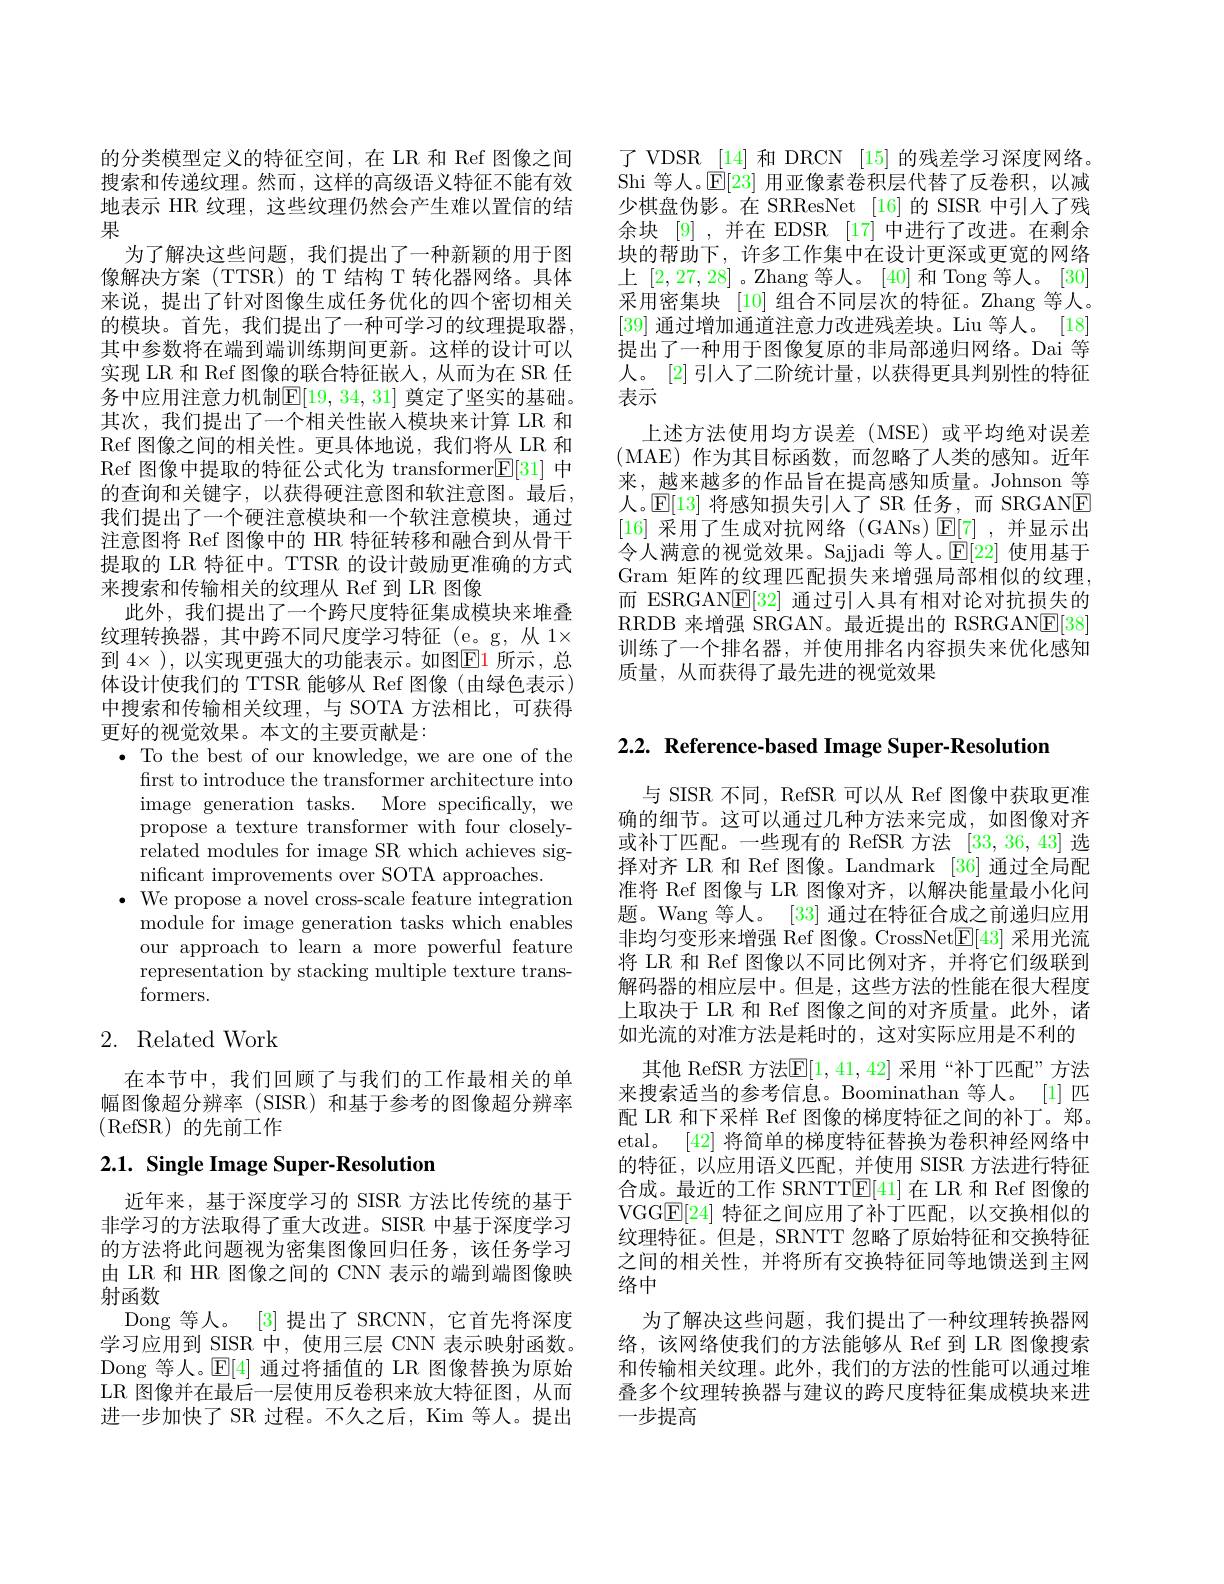
的分类模型定义的特征空间，在 LR 和 Ref 图像之间搜索和传递纹理。然而，这样的高级语义特征不能有效地表示 HR 纹理，这些纹理仍然会产生难以置信的结果
为了解决这些问题，我们提出了一种新颖的用于图像解决方案(TTSR)的T结构T转化器网络。具体来说，提出了针对图像生成任务优化的四个密切相关的模块。首先，我们提出了一种可学习的纹理提取器， 其中参数将在端到端训练期间更新。这样的设计可以实现 LR 和 Ref 图像的联合特征嵌入，从而为在 SR 任务中应用注意力机制$\mathbb{E}[19,34,31]$ 奠定了坚实的基础。其次，我们提出了一个相关性嵌入模块来计算 LR 和Ref 图像之间的相关性。更具体地说，我们将从 LR 和Ref 图像中提取的特征公式化为 transformer$\underline{\mathrm{E}}[31]$中的查询和关键字，以获得硬注意图和软注意图。最后， 我们提出了一个硬注意模块和一个软注意模块，通过注意图将 Ref 图像中的 HR 特征转移和融合到从骨干提取的 LR 特征中。TTSR 的设计鼓励更准确的方式来搜索和传输相关的纹理从 Ref 到 LR 图像
此外，我们提出了一个跨尺度特征集成模块来堆叠纹理转换器，其中跨不同尺度学习特征(e。g,从 1× 到 4× ), 以实现更强大的功能表示。如图$\color{red}{\boxed{\mathrm{E}}}$1 所示，总体设计使我们的 TTSR 能够从 Ref 图像(由绿色表示) 中搜索和传输相关纹理，与 SOTA 方法相比，可获得更好的视觉效果。本文的主要贡献是：
$\bullet$ To the best of our knowledge, we are one of the
first to introduce the transformer architecture into image generation tasks. More specifically, we propose a texture transformer with four closelyrelated modules for image SR which achieves significant improvements over SOTA approaches.
$\bullet$ We propose a novel cross-scale feature integration
module for image generation tasks which enables our approach to learn a more powerful feature representation by stacking multiple texture transformers.
2. Related Work

在本节中，我们回顾了与我们的工作最相关的单幅图像超分辨率 (SISR) 和基于参考的图像超分辨率(RefSR)的先前工作

## 2.1. Single Image Super-Resolution

近年来，基于深度学习的 SISR 方法比传统的基于非学习的方法取得了重大改进。SISR 中基于深度学习的方法将此问题视为密集图像回归任务，该任务学习由 LR 和 HR 图像之间的 CNN 表示的端到端图像映射函数
Dong 等人。[3] 提出了 SRCNN, 它首先将深度学习应用到 SISR 中，使用三层 CNN 表示映射函数。Dong 等人。$\mathbb{E}[4]$通过将插值的 LR 图像替换为原始LR 图像并在最后一层使用反卷积来放大特征图，从而进一步加快了 SR 过程。不久之后，Kim 等人。提出

了 VDSR [14] 和 DRCN [15] 的残差学习深度网络。Shi 等人。$\mathbb{E}[23]$用亚像素卷积层代替了反卷积，以减少棋盘伪影。在 SRResNet [16]的 SISR 中引人了残余块 [9],并在 EDSR [17]中进行了改进。在剩余块的帮助下，许多工作集中在设计更深或更宽的网络上[2,27,28] 。Zhang 等人。[40]和 Tong 等人。[30] 采用密集块 [10] 组合不同层次的特征。Zhang 等人。[39]通过增加通道注意力改进残差块。Liu 等人。[18] 提出了一种用于图像复原的非局部递归网络。Dai 等人。[2] 引入了二阶统计量，以获得更具判别性的特征表示
上述方法使用均方误差(MSE)或平均绝对误差(MAE)作为其目标函数，而忽略了人类的感知。近年来，越来越多的作品旨在提高感知质量。Johnson 等人。$\mathbb{E}[13]$将感知损失引人了 SR 任务，而 SRGANE [16]采用了生成对抗网络 (GANs)$\operatorname{E}[7]$ ,并显示出令人满意的视觉效果。Sajjadi 等人。$\mathbb{E}[22]$使用基于Gram 矩阵的纹理匹配损失来增强局部相似的纹理， 而 ESRGAN$\mathbb{E}[32]$通过引人具有相对论对抗损失的RRDB 来增强 SRGAN。最近提出的 RSRGAN$\boxed{\mathrm{E}}[38]$ 训练了一个排名器，并使用排名内容损失来优化感知质量，从而获得了最先进的视觉效果

2.2. Reference-based Image Super-Resolution

与 SISR 不同，RefSR 可以从 Ref 图像中获取更准确的细节。这可以通过几种方法来完成，如图像对齐或补丁匹配。一些现有的 RefSR 方法 [33,36,43] 选择对齐 LR 和 Ref 图像。Landmark [36] 通过全局配准将 Ref 图像与 LR 图像对齐，以解决能量最小化问题。Wang 等人。[33] 通过在特征合成之前递归应用非均匀变形来增强 Ref 图像。CrossNet$\boxed{\mathrm{F}}[43]$采用光流将 LR 和 Ref 图像以不同比例对齐，并将它们级联到解码器的相应层中。但是，这些方法的性能在很大程度上取决于 LR 和 Ref 图像之间的对齐质量。此外，诸如光流的对准方法是耗时的，这对实际应用是不利的
其他 RefSR 方法$\mathbb{E}[1,41,42]$ 采用“补丁匹配”方法来搜索适当的参考信息。Boominathan 等人。[1] 匹配 LR 和下采样 Ref 图像的梯度特征之间的补丁。郑。etal。[42]将简单的梯度特征替换为卷积神经网络中的特征，以应用语义匹配，并使用 SISR 方法进行特征合成。最近的工作 SRNTT$\mathbb{E}[41]$在 LR 和 Ref 图像的VGG$\underline{\mathrm{E}}[24]$特征之间应用了补丁匹配，以交换相似的纹理特征。但是，SRNTT 忽略了原始特征和交换特征之间的相关性，并将所有交换特征同等地馈送到主网络中
为了解决这些问题，我们提出了一种纹理转换器网络，该网络使我们的方法能够从 Ref 到 LR 图像搜索和传输相关纹理。此外，我们的方法的性能可以通过堆叠多个纹理转换器与建议的跨尺度特征集成模块来进一步提高